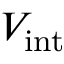
V _ { \mathrm { i n t } }